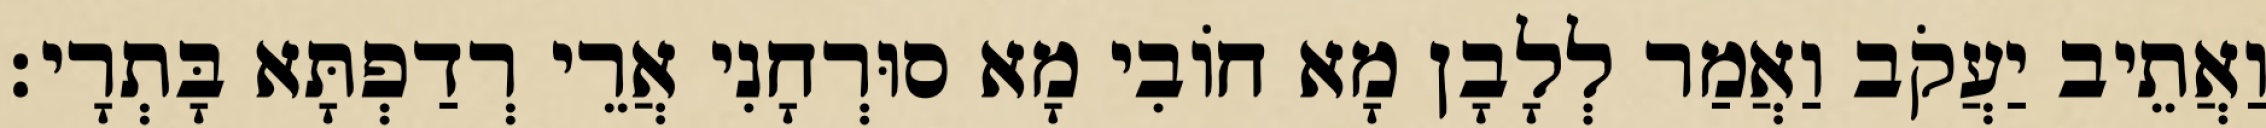
וַאֲתֵיב יַעֲקֹב וַאֲמַר לְלָבָן מָא חוֹבִי מָא סוּרְחָנִי אֲרֵי רְדַפְתָּא בָּתְרָי׃